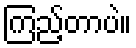
ကြည့်တာပဲ။